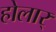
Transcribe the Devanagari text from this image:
होलार्